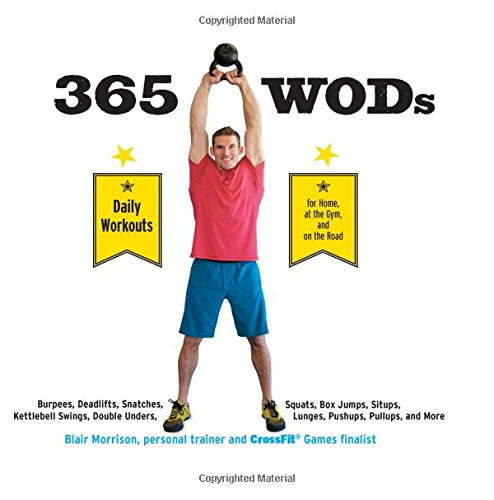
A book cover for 365 WODs: Burpees, Deadlifts, Snatches, Squats, Box Jumps, Situps, Kettlebell Swings, Double Unders, Lunges, Pushups, Pullups, and More; Blair Morrison; Health, Fitness & Dieting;